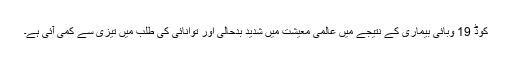
کوڈ 19 وبائی بیماری کے نتیجے میں عالمی معیشت میں شدید بدحالی اور توانائی کی طلب میں تیزی سے کمی آئی ہے۔